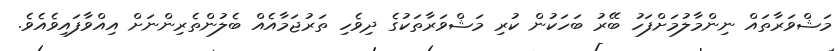
މަޝްވަރާތައް ނިންމާލުމަށްފަހު ބޭރު ބަހަކުން ކުރި މަޝްވަރާތަކުގެ ދިވެހި ތަރުޖަމާއެއް ބެލުންތެރިންނަށް އިއްވާފައިވެއެވެ.